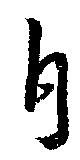
自